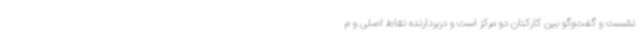
نشست و گفت‌وگو بین کارکنان دو مرکز است و دربردارنده نقاط اصلی و م